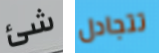
شئ تتجادل